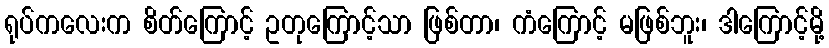
ရုပ်ကလေးက စိတ်ကြောင့် ဥတုကြောင့်သာ ဖြစ်တာ၊ ကံကြောင့် မဖြစ်ဘူး၊ ဒါကြောင့်မို့